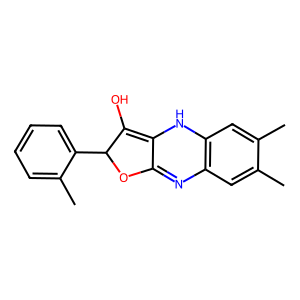
SMILES: Cc1cc2c(cc1C)NC1=C(O)C(c3ccccc3C)OC1=N2
Inhibits HIV replication: No